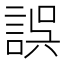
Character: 誤